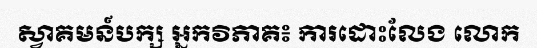
ស្វាគមន៍បក្ស អ្នកវិភាគ៖ ការដោះលែង លោក